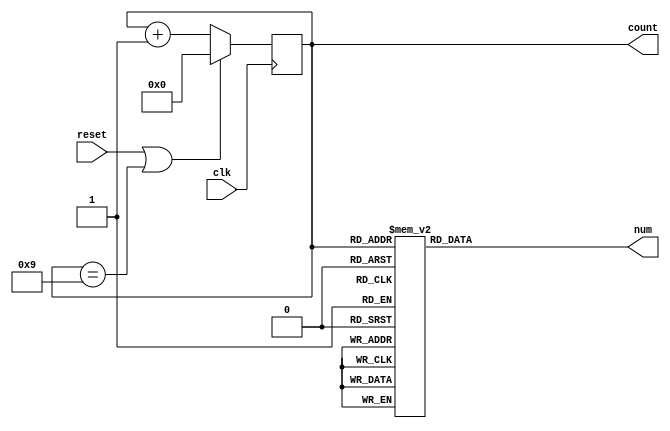
`timescale 1ns / 1ps

module phone_number_counter(
    input clk,reset,
    output reg [3:0] count,num
    );

always @(posedge clk)
begin
    if(reset | count==9)
        count <= 0;
    else
        count <= count+1;
end

//the phone number is 7287909410
always @(count)
begin
    case(count)
        0: num = 7;
        1: num = 2;
        2: num = 8;
        3: num = 7;
        4: num = 9;
        5: num = 0;
        6: num = 9;
        7: num = 4;
        8: num = 1;
        9: num = 0;
        default: num = 7;
     endcase
end    
endmodule